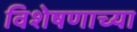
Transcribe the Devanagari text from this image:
विशेषणाच्या